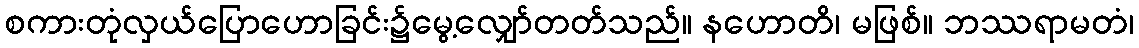
စကားတုံလှယ်ပြောဟောခြင်း၌မွေ့လျှော်တတ်သည်။ နဟောတိ၊ မဖြစ်။ ဘဿရာမတံ၊